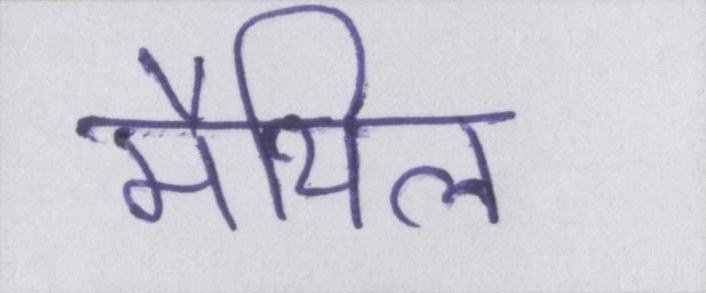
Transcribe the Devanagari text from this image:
मैथिल